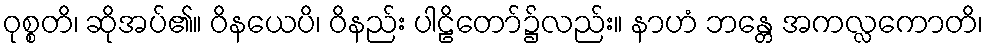
ဝုစ္စတိ၊ ဆိုအပ်၏။ ဝိနယေပိ၊ ဝိနည်း ပါဠိတော်၌လည်း။ နာဟံ ဘန္တေ အကလ္လကောတိ၊